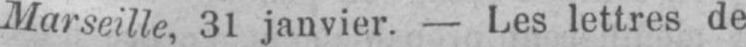
Marseille, 31 janvier. - Les lettres de